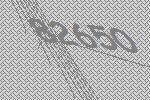
82650